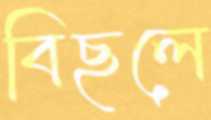
বিছলে